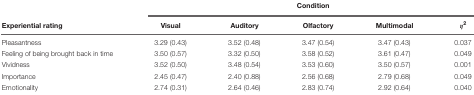
<table><thead><tr><td></td><td colspan="5"><b>Condition</b></td></tr><tr><td><b>Experiential rating</b></td><td><b>Visual</b></td><td><b>Auditory</b></td><td><b>Olfactory</b></td><td><b>Multimodal</b></td><td><b>η<sup>2</sup></b></td></tr></thead><tbody><tr><td>Pleasantness</td><td>3.29 (0.43)</td><td>3.52 (0.48)</td><td>3.47 (0.54)</td><td>3.47 (0.43)</td><td>0.037</td></tr><tr><td>Feeling of being brought back in time</td><td>3.50 (0.57)</td><td>3.32 (0.50)</td><td>3.58 (0.52)</td><td>3.61 (0.47)</td><td>0.049</td></tr><tr><td>Vividness</td><td>3.52 (0.50)</td><td>3.48 (0.54)</td><td>3.53 (0.60)</td><td>3.50 (0.57)</td><td>0.001</td></tr><tr><td>Importance</td><td>2.45 (0.47)</td><td>2.40 (0.88)</td><td>2.56 (0.68)</td><td>2.79 (0.68)</td><td>0.049</td></tr><tr><td>Emotionality</td><td>2.74 (0.31)</td><td>2.64 (0.46)</td><td>2.83 (0.74)</td><td>2.92 (0.64)</td><td>0.040</td></tr></tbody></table>